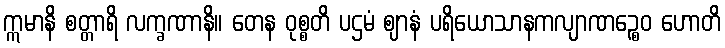
ဣမာနိ စတ္တာရိ လက္ခဏာနိ။ တေန ဝုစ္စတိ ပဌမံ ဈာနံ ပရိယောသာနကလျာဏဉ္စေဝ ဟောတိ